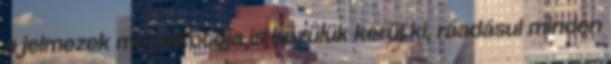
a jelmezek megalkotója is közülük kerül ki, ráadásul minden